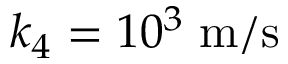
k _ { 4 } = 1 0 ^ { 3 } \; \mathrm { m } / \mathrm { s }